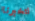
لتخبرنا